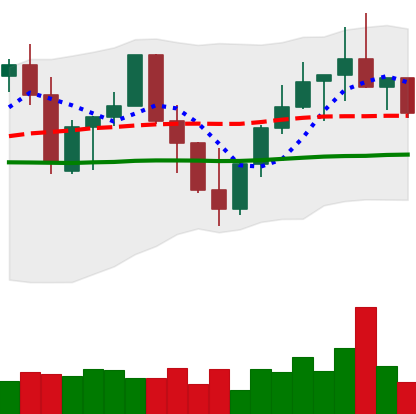
Ticker: LINK-USD
Chart end date: 2022-09-30
Forward return: 3.883%
Label: up_3_5